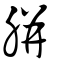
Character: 腁